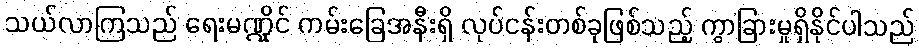
သယ်လာကြသည် ရေးမဏ္ဍိုင် ကမ်းခြေအနီးရှိ လုပ်ငန်းတစ်ခုဖြစ်သည့် ကွာခြားမှုရှိနိုင်ပါသည်